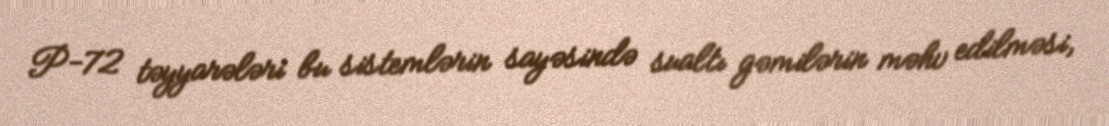
P-72 təyyarələri bu sistemlərin sayəsində sualtı gəmilərin məhv edilməsi,